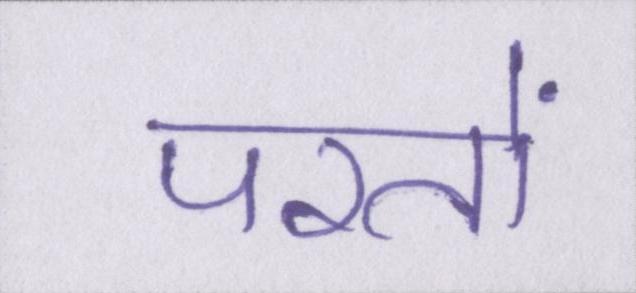
परतों